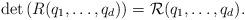
LaTeX: \begin{align*} \det \left( R(q_1,\ldots,q_d) \right) = \mathcal{R}(q_1,\ldots,q_d). \end{align*}